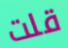
قلت